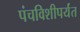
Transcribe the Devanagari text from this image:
पंचविशीपर्यंत